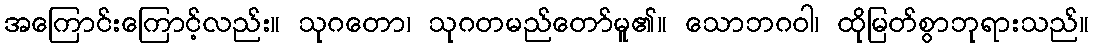
အကြောင်းကြောင့်လည်း။ သုဂတော၊ သုဂတမည်တော်မူ၏။ သောဘဂဝါ၊ ထိုမြတ်စွာဘုရားသည်။